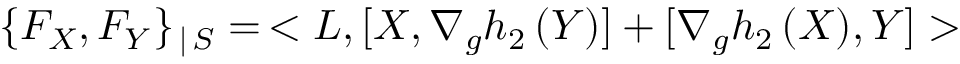
\{ F _ { X } , F _ { Y } \} _ { \, | \, { \cal S } } = \, < L , [ X , \nabla _ { g } h _ { 2 } \, ( Y ) ] + [ \nabla _ { g } h _ { 2 } \, ( X ) , Y ] >